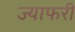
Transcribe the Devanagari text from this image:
ज्याफरी